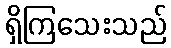
ရှိကြသေးသည်